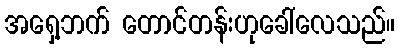
အရှေ့ဘက် တောင်တန်းဟုခေါ်လေသည်။